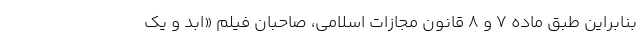
بنابراین طبق ماده 7 و 8 قانون مجازات اسلامی، صاحبان فیلم «ابد و یک